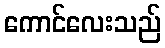
ကောင်လေးသည်